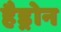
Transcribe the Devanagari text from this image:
हैड्रोन